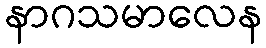
နာဂသမာလေန